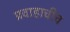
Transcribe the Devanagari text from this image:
प्रवाहाचीच